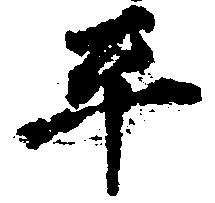
平